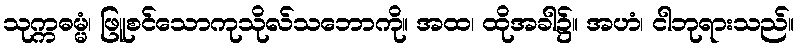
သုက္ကဓမ္မံ၊ ဖြူစင်သောကုသိုလ်သဘောကို။ အထ၊ ထိုအခါ၌။ အဟံ၊ ငါဘုရားသည်။